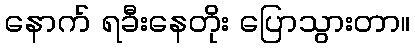
နောက် ရခီးနေတိုး ပြောသွားတာ။